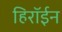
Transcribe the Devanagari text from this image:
हिरॉईन